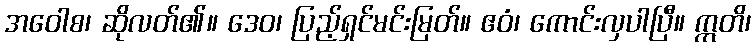
အဝေါစ၊ ဆိုလတ်၏။ ဒေဝ၊ ပြည့်ရှင်မင်းမြတ်။ ဧဝံ၊ ကောင်းလှပါပြီ။ ဣတိ၊